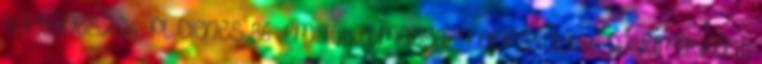
történészek pl. Dienes 86 emiatt a magyar honfoglalást folyamatként